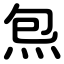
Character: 炰